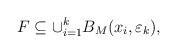
LaTeX: \begin{align*}F\subseteq\cup_{i=1}^kB_M(x_i,\varepsilon_k),\end{align*}